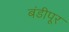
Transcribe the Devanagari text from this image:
बंडीपूर